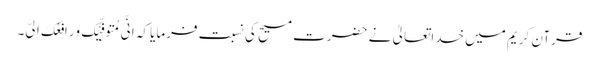
قرآن کریم میں خداتعالیٰ نے حضرت مسیح کی نسبت فرمایا کہ اِنِّی مُتَوَفِّیْکَ وَرَافِعُکَ اِلَیَّ۔